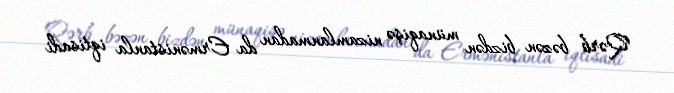
Qərb bəzən bizdən münaqişə nizamlanmadan da Ermənistanla iqtisadi